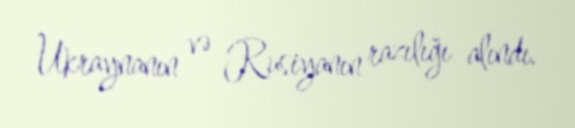
Ukraynanın və Rusiyanın razılığı alındı.